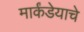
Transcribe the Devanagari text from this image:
मार्कंडेयाचे